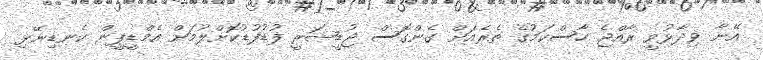
އޭނާ ވިދާޅުވީ ރާއްޖެ ހާސްކަމުގެ ތެރެއަށް ގެންގޮސް ޖުޑީޝަރީ ފުޑުފުޑުކޮށްލުމަށް އެމްޑީޕީން ކެނޑިނޭޅި